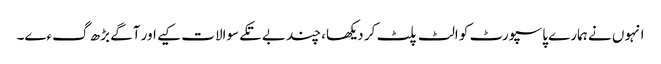
انہوں نے ہمارے پاسپورٹ کو الٹ پلٹ کر دیکھا، چند بے تکے سوالات کیے اور آگے بڑھ گءے۔